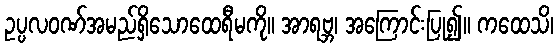
ဥပ္ပလဝဏ်အမည်ရှိသောထေရီမကို။ အာရဗ္ဘ၊ အကြောင်းပြု၍။ ကထေသိ၊